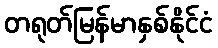
တရုတ်မြန်မာနှစ်နိုင်ငံ